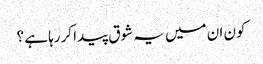
کون ان میں یہ شوق پیدا کررہا ہے ؟